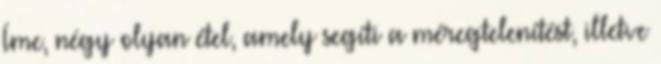
Íme, négy olyan étel, amely segíti a méregtelenítést, illetve